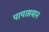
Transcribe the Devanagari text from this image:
पायासमान